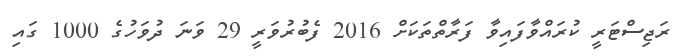
ރަޖިސްޓަރީ ކުރައްވާފައިވާ ފަރާތްތަކަށް 2016 ފެބުރުވަރީ 29 ވަނަ ދުވަހުގެ 1000 ގައި